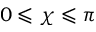
0 \leqslant \chi \leqslant \pi